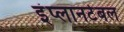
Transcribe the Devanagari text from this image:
इंप्लानटेबल